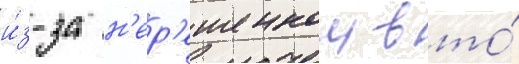
и́з-за н'ер'ешеннои в то́